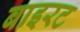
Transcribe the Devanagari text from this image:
बाइरट